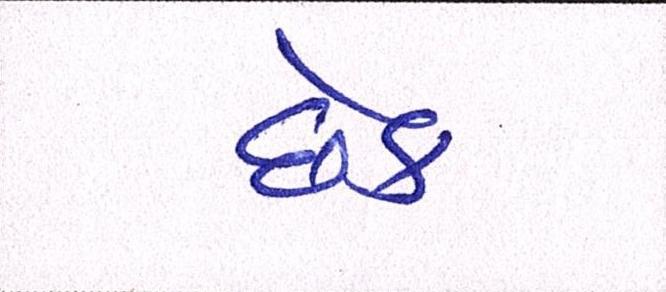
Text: છેક